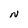
Character: N